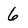
Character: 6